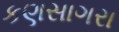
કણસાગરા